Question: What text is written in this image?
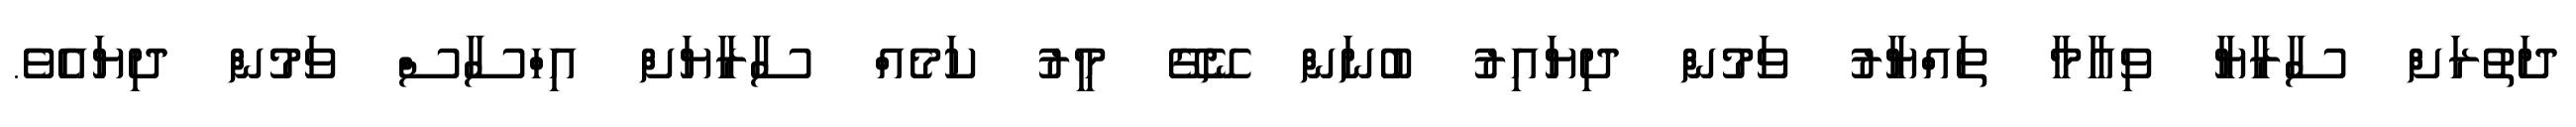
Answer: ދަތުރަށް ސާރާޔާ ވިއާމާ ތައްޔާރު ވަމުން ދިޔައިރު ބުނަން ނޭގޭ މީރު ކަމެއް ސާރާޔަށް އިހްސާސް ވަމުން ދިޔައެވެ.